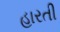
હારતી